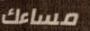
مساءك